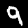
Digit: 9